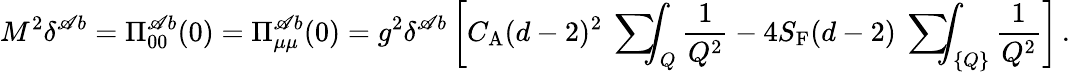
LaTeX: M^{2}\delta^{\mathscr{A}b}=\Pi_{00}^{\mathscr{A}b}(0)=\Pi_{\mu\mu}^{\mathscr{A}b}(0)=g^{2}\delta^{\mathscr{A}b}\left[C_{\mathrm{{A}}}(d-2)^{2}\mathrm{{~\sum~}}\! \! \! \! \! \! \int_{Q}\frac{{1}}{{Q^{2}}}-4S_{\mathrm{{F}}}(d-2)\mathrm{{~\sum~}}\! \! \! \! \! \! \int_{\{ Q\} }\frac{{1}}{{Q^{2}}}\right]\, .